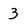
Character: 3